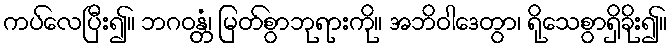
ကပ်လေပြီး၍။ ဘဂဝန္တံ၊ မြတ်စွာဘုရားကို။ အဘိဝါဒေတွာ၊ ရိုသေစွာရှိခိုး၍။